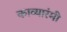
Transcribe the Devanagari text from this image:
काव्यारंमी